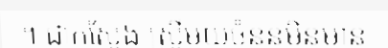
។ ជាក់ស្តែង ស្ត្រីមួយចំនួនមិនមាន